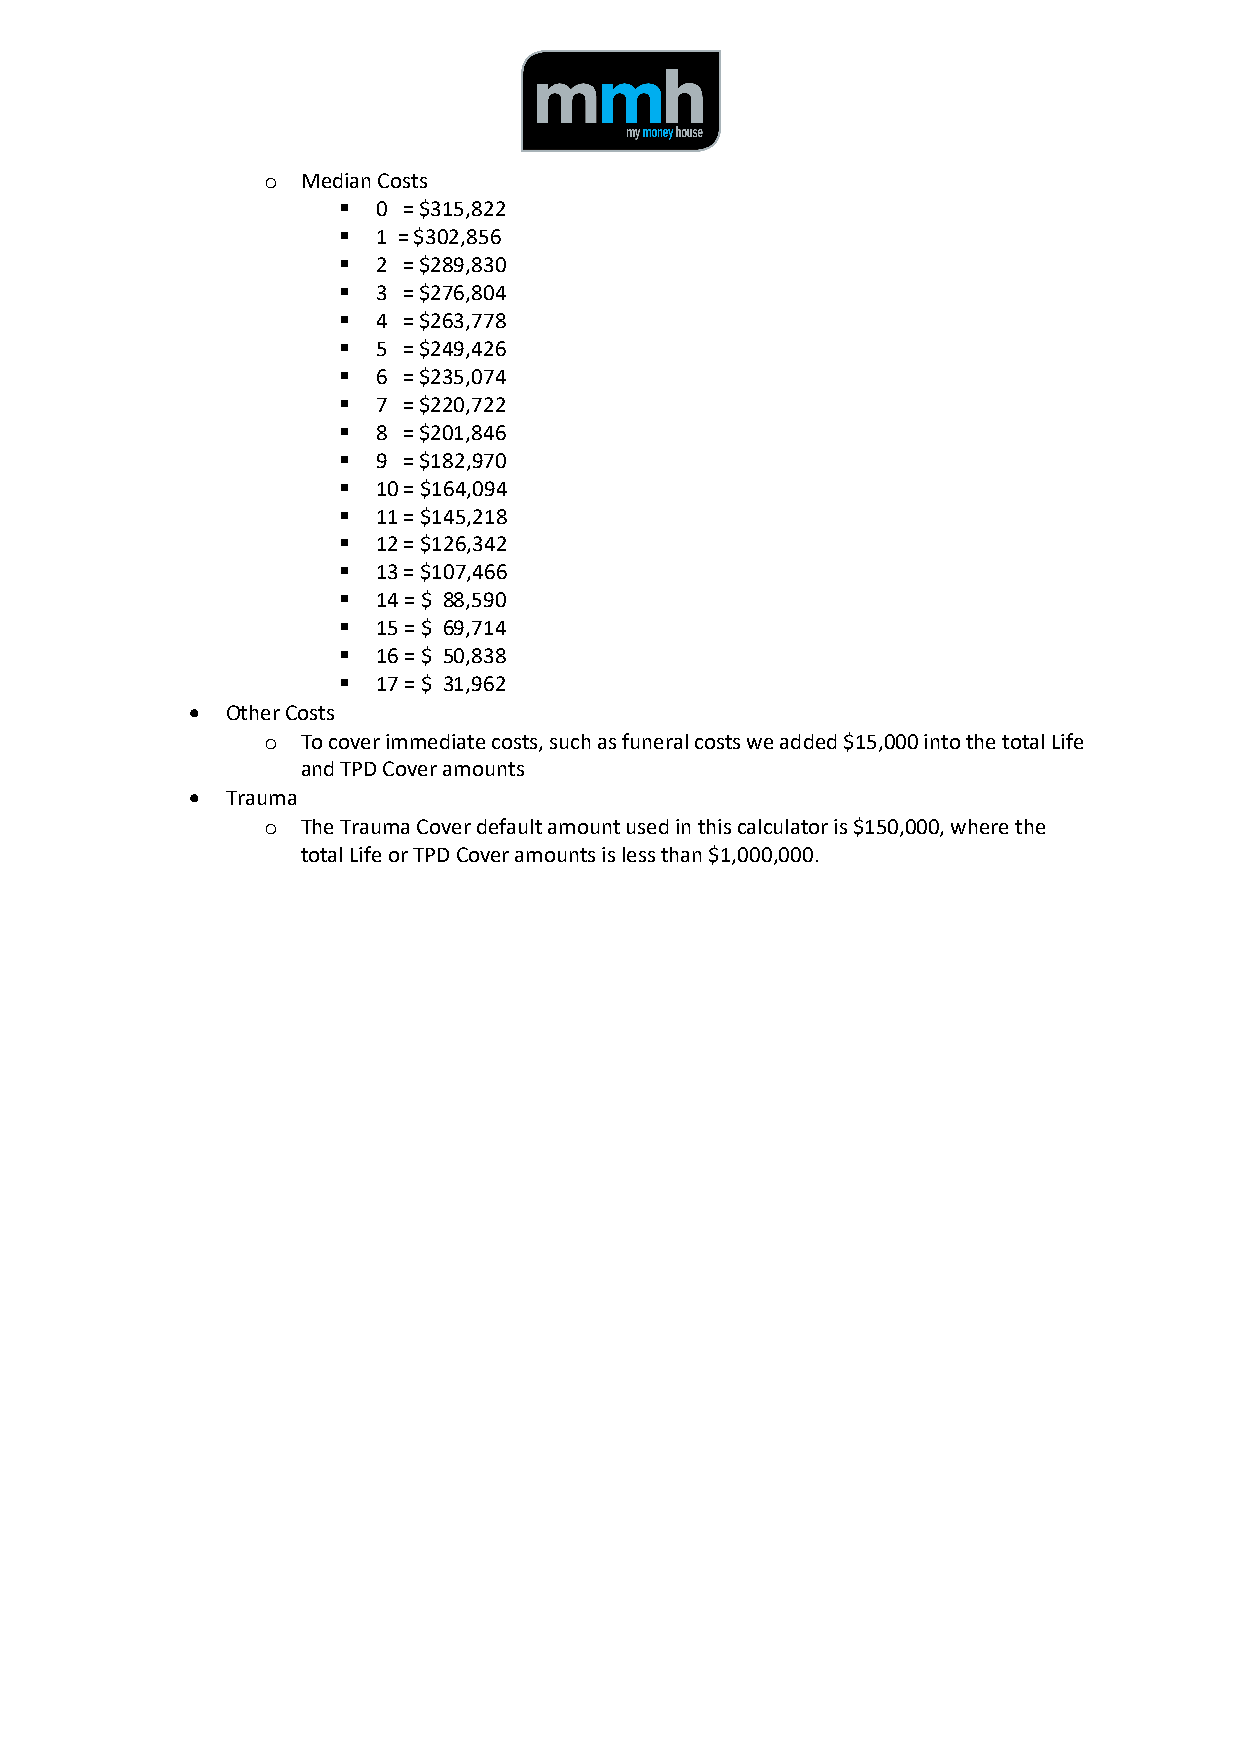
o  Median Costs
 §  0 = $315,822
 §  1 = $302,856
 §  2 = $289,830
 §  3 = $276,804
 §  4 = $263,778
 §  5 = $249,426
 §  6 = $235,074
 §  7 = $220,722
 §  8 = $201,846
 §  9 = $182,970
 §  10 = $164,094
 §  11 = $145,218
 §  12 = $126,342
 §  13 = $107,466
 §  14 = $ 88,590
 §  15 = $ 69,714
 §  16 = $ 50,838
 §  17 = $ 31,962
 •  Other Costs
 o  To cover immediate costs, such as funeral costs we added $15,000 into the total Life
 and TPD Cover amounts
 •  Trauma
 o  The Trauma Cover default amount used in this calculator is $150,000, where the
 total Life or TPD Cover amounts is less than $1,000,000.